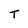
Character: T